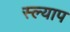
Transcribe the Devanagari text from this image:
स्ल्याप